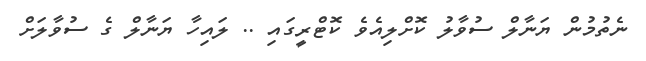
ނެތުމުން ޔަނާލް ސުވާލު ކޮށްލިއެވެ ކޮޓްރީގައި .. ލައިހާ ޔަނާލް ގެ ސުވާލަށް